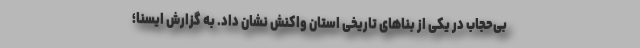
بی‌حجاب در یکی از بناهای تاریخی استان واکنش نشان داد. به گزارش ایسنا؛